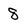
Character: 8